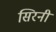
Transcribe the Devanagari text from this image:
सिरनी